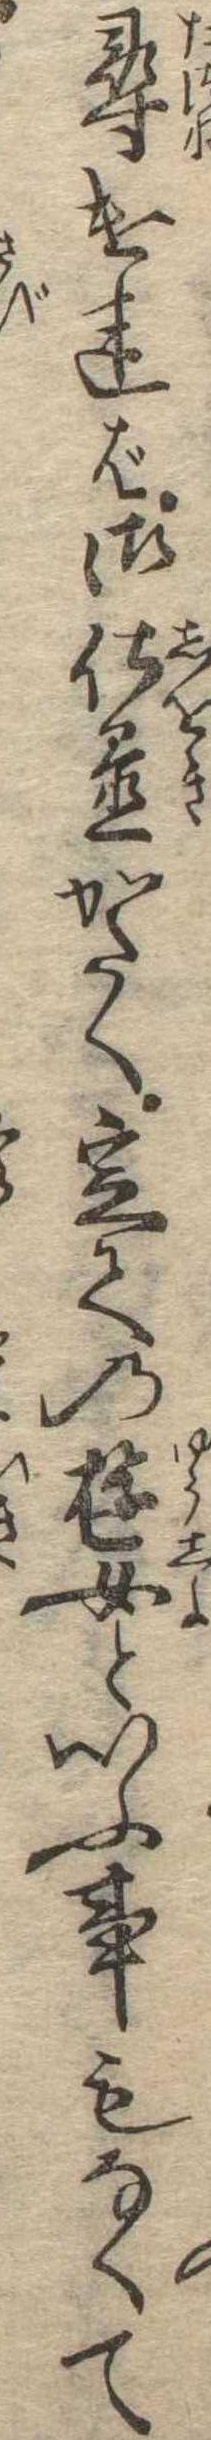
尋ければ御仕置かたく定ての遊女といふ事もなくて